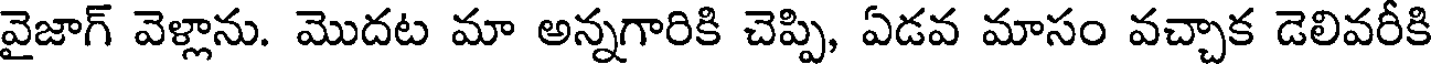
వైజాగ్ వెళ్లాను. మొదట మా అన్నగారికి చెప్పి, ఏడవ మాసం వచ్చాక డెలివరీకి